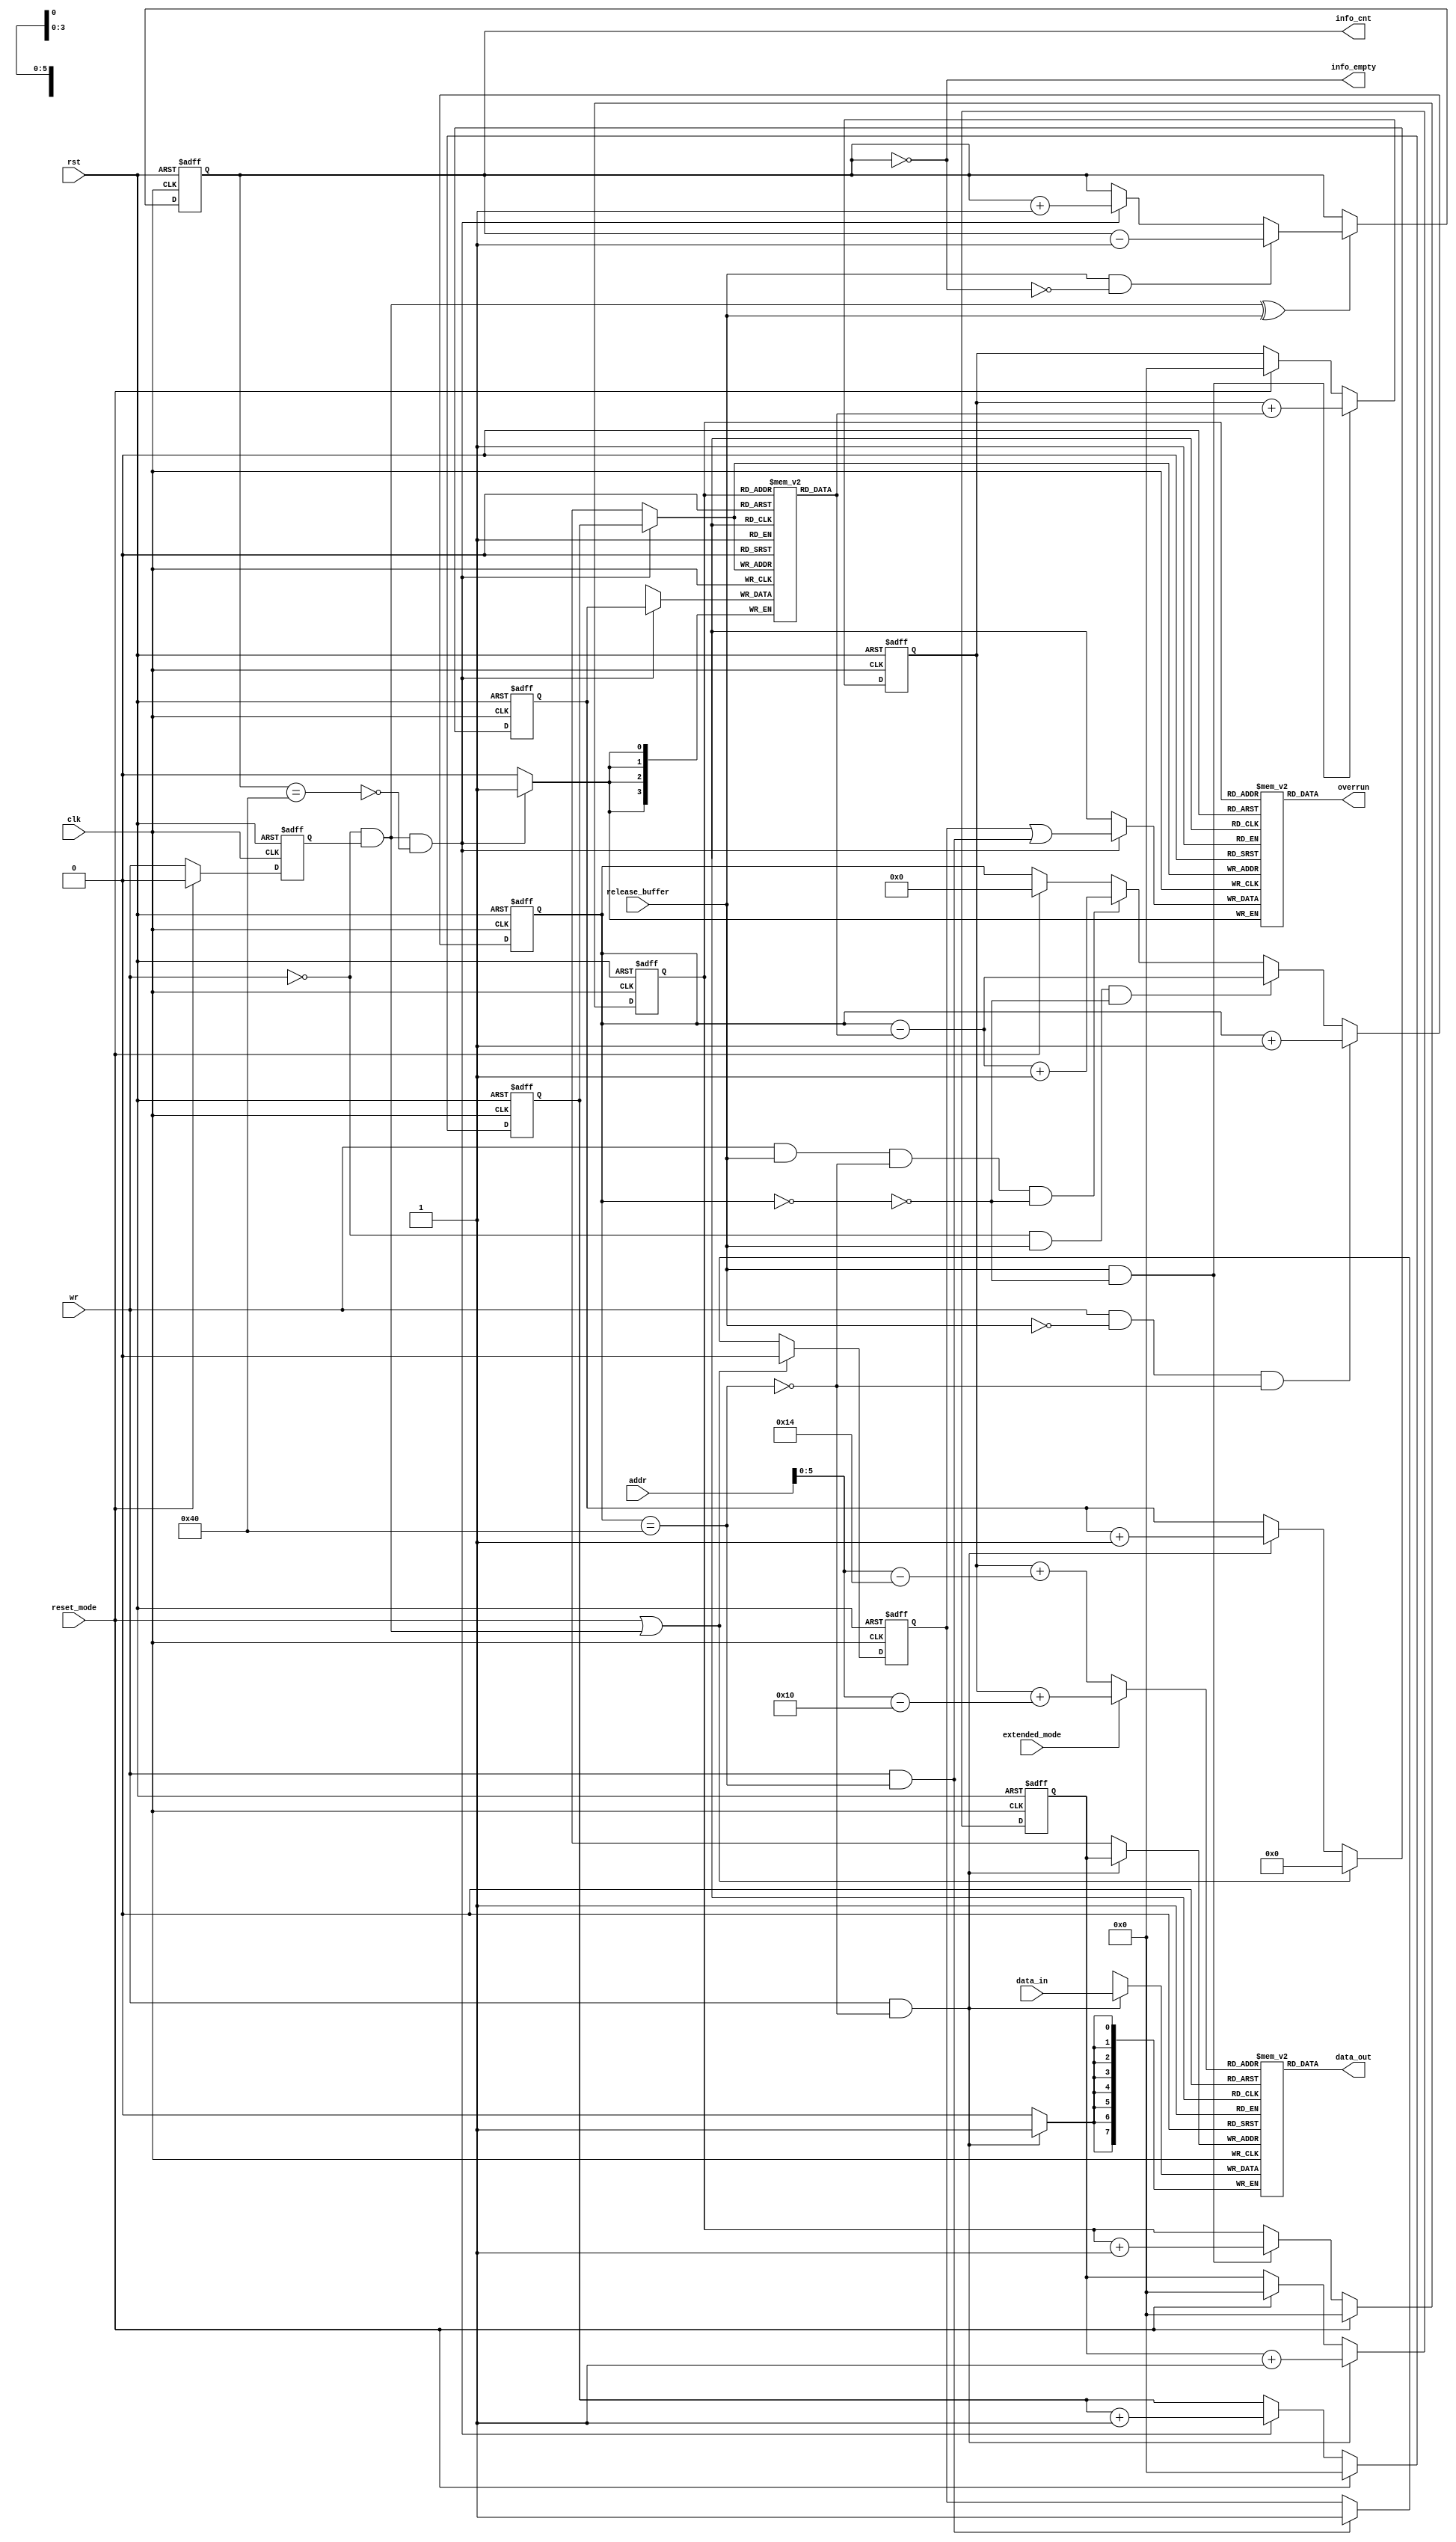
module can_fifo
( 
  clk,
  rst,

  wr,

  data_in,
  addr,
  data_out,

  reset_mode,
  release_buffer,
  extended_mode,
  overrun,
  info_empty,
  info_cnt

);

parameter Tp = 1;

input         clk;
input         rst;
input         wr;
input   [7:0] data_in;
input   [7:0] addr;
input         reset_mode;
input         release_buffer;
input         extended_mode;

output  [7:0] data_out;
output        overrun;
output        info_empty;
output  [6:0] info_cnt;


reg     [7:0] fifo [0:63];
reg     [5:0] rd_pointer;
reg     [5:0] wr_pointer;
reg     [5:0] read_address;
reg     [3:0] length_info[0:63];
reg     [5:0] wr_info_pointer;
reg     [5:0] rd_info_pointer;
reg           overrun_info[0:63];
reg           wr_q;
reg     [3:0] len_cnt;
reg     [6:0] fifo_cnt;
reg     [6:0] info_cnt;
reg           latch_overrun;

wire          write_length_info;
wire          fifo_empty;
wire          fifo_full;
wire          info_full;

assign write_length_info = (~wr) & wr_q;

// Delayed write signal
always @ (posedge clk or posedge rst)
begin
  if (rst)
    wr_q <= 0;
  else if (reset_mode)
    wr_q <=#Tp 0;
  else
    wr_q <=#Tp wr;
end


// length counter
always @ (posedge clk or posedge rst)
begin
  if (rst)
    len_cnt <= 0;
  else if (reset_mode | write_length_info)
    len_cnt <=#Tp 1'b0;
  else if (wr & (~fifo_full))
    len_cnt <=#Tp len_cnt + 1'b1;
end


// wr_info_pointer
always @ (posedge clk or posedge rst)
begin
  if (rst)
    wr_info_pointer <= 0;
  else if (reset_mode)
    wr_info_pointer <=#Tp 0;
  else if (write_length_info & (~info_full))
    wr_info_pointer <=#Tp wr_info_pointer + 1'b1;
end


// length_info
always @ (posedge clk)
begin
  if (write_length_info & (~info_full))
    length_info[wr_info_pointer] <=#Tp len_cnt;
end


// overrun_info
always @ (posedge clk)
begin
  if (write_length_info & (~info_full))
    overrun_info[wr_info_pointer] <=#Tp latch_overrun | (wr & fifo_full);
end


// reading overrun
assign overrun = overrun_info[rd_info_pointer];

// rd_info_pointer
always @ (posedge clk or posedge rst)
begin
  if (rst)
    rd_info_pointer <= 0;
  else if (reset_mode)
    rd_info_pointer <=#Tp 0;
  else if (release_buffer & (~fifo_empty))
    rd_info_pointer <=#Tp rd_info_pointer + 1'b1;
end


// rd_pointer
always @ (posedge clk or posedge rst)
begin
  if (rst)
    rd_pointer <= 0;
  else if (release_buffer & (~fifo_empty))
    rd_pointer <=#Tp rd_pointer + length_info[rd_info_pointer];
  else if (reset_mode)
    rd_pointer <=#Tp 0;
end


// wr_pointer
always @ (posedge clk or posedge rst)
begin
  if (rst)
    wr_pointer <= 0;
  else if (wr & (~fifo_full))
    wr_pointer <=#Tp wr_pointer + 1'b1;
  else if (reset_mode)
    wr_pointer <=#Tp 0;
end


// latch_overrun
always @ (posedge clk or posedge rst)
begin
  if (rst)
    latch_overrun <= 0;
  else if (reset_mode | write_length_info)
    latch_overrun <=#Tp 0;
  else if (wr & fifo_full)
    latch_overrun <=#Tp 1'b1;
end


// Counting data in fifo
always @ (posedge clk or posedge rst)
begin
  if (rst)
    fifo_cnt <= 0;
  else if (wr & (~release_buffer) & (~fifo_full))
    fifo_cnt <=#Tp fifo_cnt + 1'b1;
  else if ((~wr) & release_buffer & (~fifo_empty))
    fifo_cnt <=#Tp fifo_cnt - length_info[rd_info_pointer];
  else if (wr & release_buffer & (~fifo_full) & (~fifo_empty))
    fifo_cnt <=#Tp fifo_cnt - length_info[rd_info_pointer] + 1'b1;
  else if (reset_mode)
    fifo_cnt <=#Tp 0;
end

assign fifo_full = fifo_cnt == 64;
assign fifo_empty = fifo_cnt == 0;


// Counting data in length_info and overrun_info fifo
always @ (posedge clk or posedge rst)
begin
  if (rst)
    info_cnt <= 0;
  else if (write_length_info ^ release_buffer)
    begin
      if (release_buffer & (~info_empty))
        info_cnt <=#Tp info_cnt - 1'b1;
      else if (write_length_info & (~info_full))
        info_cnt <=#Tp info_cnt + 1'b1;
    end
end
        
assign info_full = info_cnt == 64;
assign info_empty = info_cnt == 0;


// writing data to fifo
always @ (posedge clk)
begin
  if (wr & (~fifo_full))
    fifo[wr_pointer] <=#Tp data_in;
end



// Selecting which address will be used for reading data from rx fifo
always @ (extended_mode or rd_pointer or addr)
begin
  if (extended_mode)      // extended mode
    begin
      read_address <= rd_pointer + (addr - 8'd16);
    end
  else                    // normal mode
    begin
      read_address <= rd_pointer + (addr - 8'd20);
    end
end



assign data_out = fifo[read_address];




endmodule